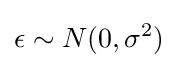
\epsilon \sim N(0,\sigma ^{2})